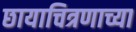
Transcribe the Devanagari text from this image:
छायाचित्रणाच्या